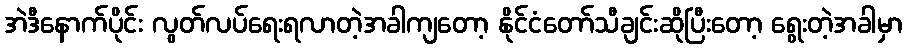
အဲဒီနောက်ပိုင်း လွတ်လပ်ရေးရလာတဲ့အခါကျတော့ နိုင်ငံတော်သီချင်းဆိုပြီးတော့ ရွေးတဲ့အခါမှာ